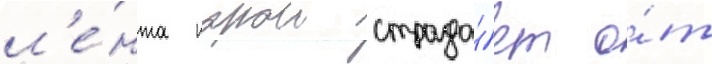
л'е́нта порои страда́ет о́т